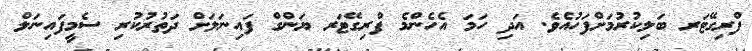
ފްރިގޭޓަރ ބަލިކުރުމަށްފަހުއެވެ. އަދި ހަމަ އެހެންމެ ފްރިގޭޓަރ ޔަންގް ފައިނަލަށް ދަތުރުކުރި ސެމީފައިނަލް